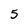
Character: 5